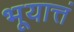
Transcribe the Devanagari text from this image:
भूयात्तं